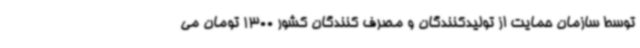
توسط سازمان حمایت از تولیدکنندگان و مصرف کنندگان کشور 1300 تومان می